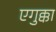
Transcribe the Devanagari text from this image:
एगुक्का